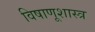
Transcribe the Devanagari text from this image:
विषाणूशास्त्र